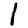
Digit: 1